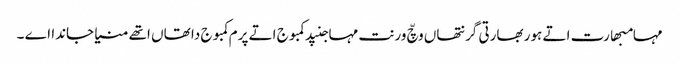
مہامبھارت اتے ہور بھارتی گرنتھاں وچّ ورنت مہاجنپد کمبوج اتے پرم کمبوج دا تھاں اتھے منیا جاندا اے ۔